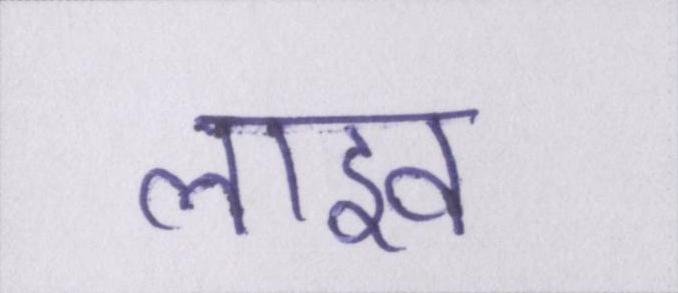
लाइव